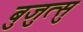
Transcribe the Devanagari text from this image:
बुजुत्सु